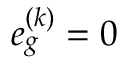
e _ { g } ^ { ( k ) } = 0